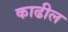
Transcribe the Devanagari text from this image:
काढील